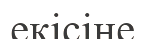
екісіне